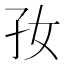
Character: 𡥃